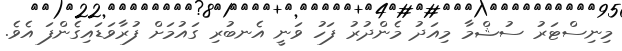
މިނިސްޓަރު ސުޝްމާ މިއަދު މެންދުރު ފަހު ވަނީ އެނބުރި ގައުމަށް ފުރާވަޑައިގެންފަ އެވެ.